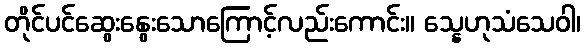
တိုင်ပင်ဆွေးနွေးသောကြောင့်လည်းကောင်း။ သ္နေဟုသံသေဝါ၊